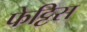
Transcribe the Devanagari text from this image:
फेट्टिस